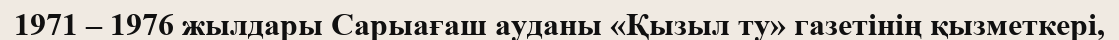
1971 – 1976 жылдары Сарыағаш ауданы «Қызыл ту» газетінің қызметкері,